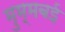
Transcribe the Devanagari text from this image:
मुम्मबई